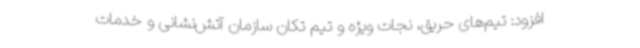
افزود: تیم‌های حریق، نجات ویژه و تیم تکان سازمان آتش‌نشانی و خدمات